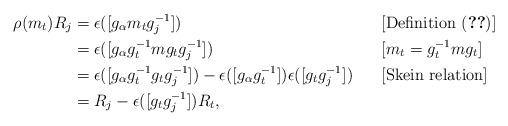
LaTeX: \begin{align*}\rho(m_t)R_j &= \epsilon([g_{\alpha} m_t g_j^{-1}]) && [ \textrm{Definition } (\ref{LiftRep})]\\&= \epsilon([g_{\alpha} g_t^{-1} m g_t g_j^{-1}]) && [m_t = g_t^{-1} m g_t]\\&= \epsilon([g_{\alpha} g_t^{-1}g_t g_j^{-1}]) - \epsilon([g_{\alpha} g_t^{-1}])\epsilon([g_t g_j^{-1}])&& [\textrm {Skein relation}]\\&= R_j - \epsilon([g_t g_j^{-1}])R_t,\end{align*}